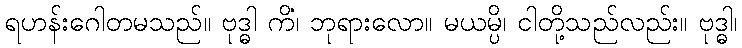
ရဟန်းဂေါတမသည်။ ဗုဒ္ဓါ ကိံ၊ ဘုရားလော။ မယမ္ပိ၊ ငါတို့သည်လည်း။ ဗုဒ္ဓါ၊